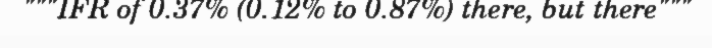
"""IFR of 0.37% (0.12% to 0.87%) there, but there"""